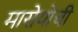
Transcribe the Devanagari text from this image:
मासेयोची